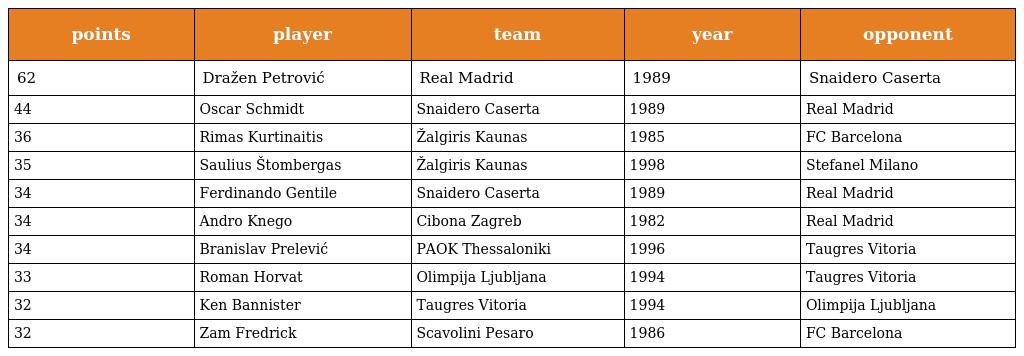
| points | player | team | year | opponent |
 | --- | --- | --- | --- | --- |
 | 62 | Dražen Petrović | Real Madrid | 1989 | Snaidero Caserta |
 | 44 | Oscar Schmidt | Snaidero Caserta | 1989 | Real Madrid |
 | 36 | Rimas Kurtinaitis | Žalgiris Kaunas | 1985 | FC Barcelona |
 | 35 | Saulius Štombergas | Žalgiris Kaunas | 1998 | Stefanel Milano |
 | 34 | Ferdinando Gentile | Snaidero Caserta | 1989 | Real Madrid |
 | 34 | Andro Knego | Cibona Zagreb | 1982 | Real Madrid |
 | 34 | Branislav Prelević | PAOK Thessaloniki | 1996 | Taugres Vitoria |
 | 33 | Roman Horvat | Olimpija Ljubljana | 1994 | Taugres Vitoria |
 | 32 | Ken Bannister | Taugres Vitoria | 1994 | Olimpija Ljubljana |
 | 32 | Zam Fredrick | Scavolini Pesaro | 1986 | FC Barcelona |